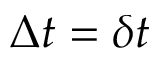
\Delta t = \delta t